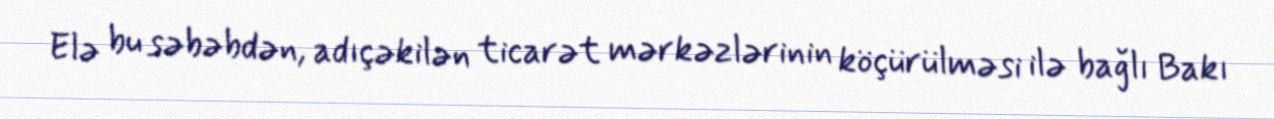
Elə bu səbəbdən, adıçəkilən ticarət mərkəzlərinin köçürülməsi ilə bağlı Bakı